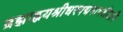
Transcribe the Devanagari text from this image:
ब्रह्माह्नयश्रीधरपद्मनाभबीजानि